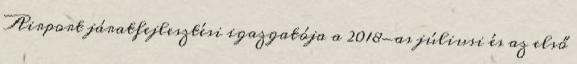
Airport járatfejlesztési igazgatója a 2018-as júliusi és az első